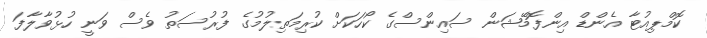
ކޮމްޕިއުޓާ އެންޑް އިންފޮމޭޝަން ސައިންސްގެ ކޯހަކަށް ކުރިމަތިލުމުގެ ފުރުސަތު ވެސް ވަނީ ހުޅުވާލާފަ